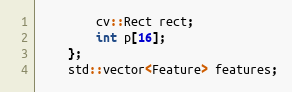
Language: C
        cv::Rect rect;
        int p[16];
    };
    std::vector<Feature> features;